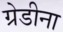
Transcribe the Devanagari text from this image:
ग्रेडीना